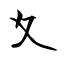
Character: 夊